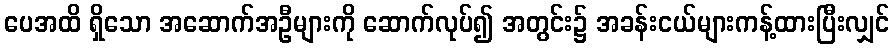
ပေအထိ ရှိသော အဆောက်အဦများကို ဆောက်လုပ်၍ အတွင်း၌ အခန်းငယ်များကန့်ထားပြီးလျှင်